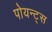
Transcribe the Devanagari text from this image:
पोयन्ट्‌स